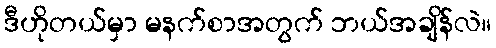
ဒီဟိုတယ်မှာ မနက်စာအတွက် ဘယ်အချိန်လဲ။